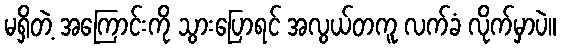
မရှိတဲ့ အကြောင်းကို သွားပြောရင် အလွယ်တကူ လက်ခံ လိုက်မှာပဲ။